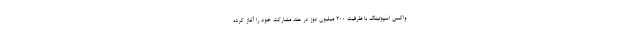
واکسن اسپوتینک با ظرفیت 200 میلیون دوز در هند مشارکت خود را آغاز کرده